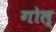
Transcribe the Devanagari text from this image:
गोल्